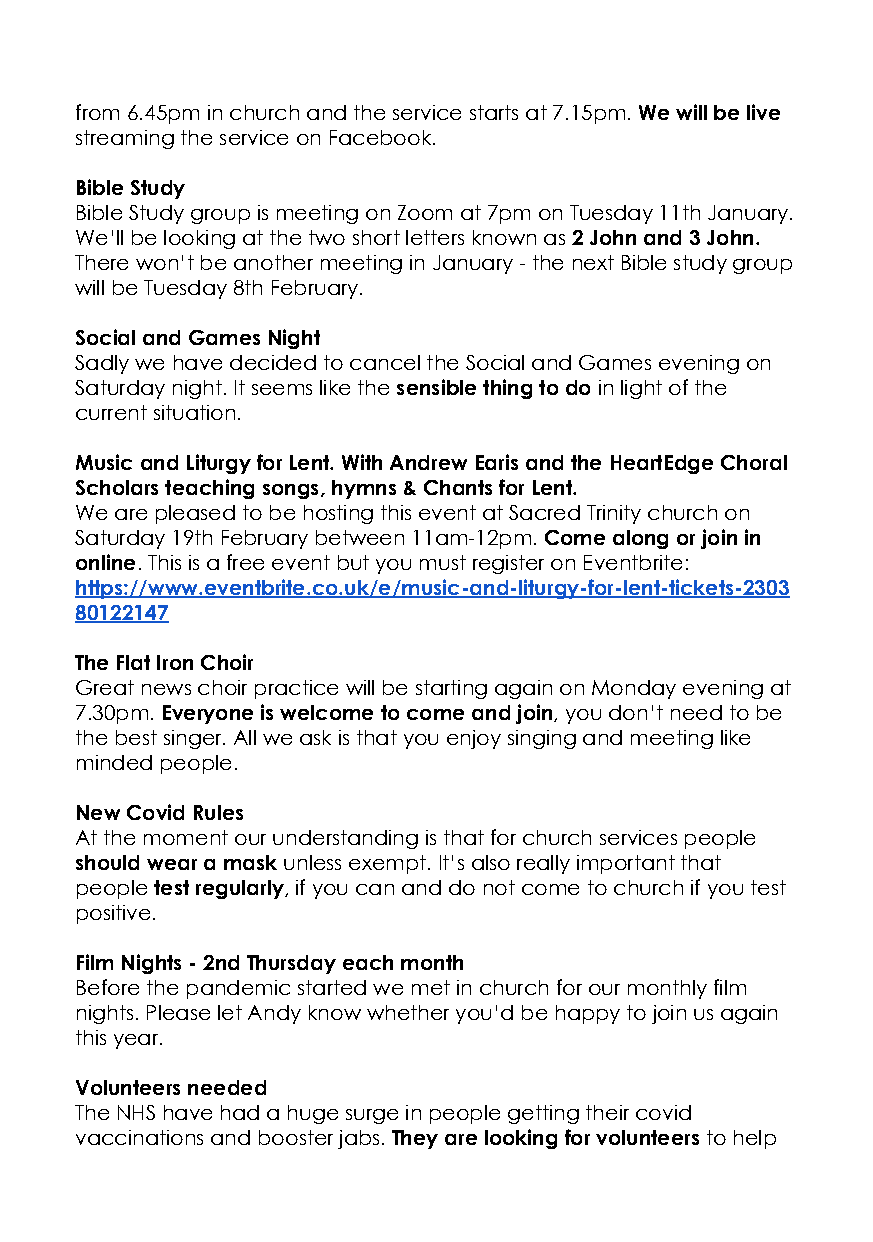
from 6.45pm in church and the service starts at 7.15pm.We will be live
 streaming the service on Facebook.
 Bible Study
 Bible Study group is meeting on Zoom at 7pm on Tuesday 11th January.
 We’ll be looking at the two short letters known as2 John and 3 John.
 There won’t be another meeting in January - the next Bible study group
 will be Tuesday 8th February.
 Social and Games Night
 Sadly we have decided to cancel the Social and Games evening on
 Saturday night. It seems like thesensible thing todoin light of the
 current situation.
 Music and Liturgy for Lent. With Andrew Earis and the HeartEdge Choral
 Scholars teaching songs, hymns & Chants for Lent.
 We are pleased to be hosting this event at Sacred Trinity church on
 Saturday 19th February between 11am-12pm.Come alongor join in
 online. This is a free event but you must registeron Eventbrite:
 https://www.eventbrite.co.uk/e/music-and-liturgy-for-lent-tickets-2303
 80122147
 The Flat Iron Choir
 Great news choir practice will be starting again on Monday evening at
 7.30pm.Everyone is welcome to come and join, youdon’t need to be
 the best singer. All we ask is that you enjoy singing and meeting like
 minded people.
 New Covid Rules
 At the moment our understanding is that for church services people
 should wear a maskunless exempt. It’s also reallyimportant that
 peopletest regularly, if you can and do not cometo church if you test
 positive.
 Film Nights - 2nd Thursday each month
 Before the pandemic started we met in church for our monthly film
 nights. Please let Andy know whether you’d be happy to join us again
 this year.
 Volunteers needed
 The NHS have had a huge surge in people getting their covid
 vaccinations and booster jabs.They are looking forvolunteersto help